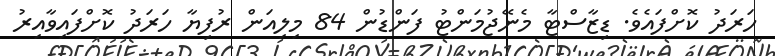
ހަރަދު ކޮށްފައެވެ. ޑިޒާސްޓާ މެނޭޖުމަންޓު ފަންޑުން 84 މިލިއަން ރުފިޔާ ހަރަދު ކޮށްފައިވާއިރު